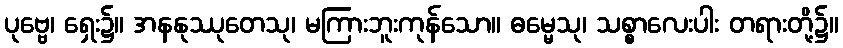
ပုဗ္ဗေ၊ ရှေး၌။ အနနုဿုတေသု၊ မကြားဘူးကုန်သော။ ဓမ္မေသု၊ သစ္စာလေးပါး တရားတို့၌။